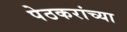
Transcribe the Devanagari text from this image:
पेठकरांच्या